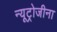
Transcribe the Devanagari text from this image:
न्यूट्रोजीना